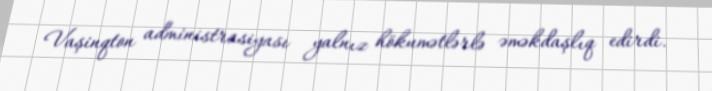
Vaşinqton administrasiyası yalnız hökumətlərlə əməkdaşlıq edirdi.